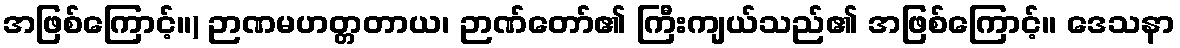
အဖြစ်ကြောင့်။) ဉာဏမဟတ္တတာယ၊ ဉာဏ်တော်၏ ကြီးကျယ်သည်၏ အဖြစ်ကြောင့်။ ဒေသနာ